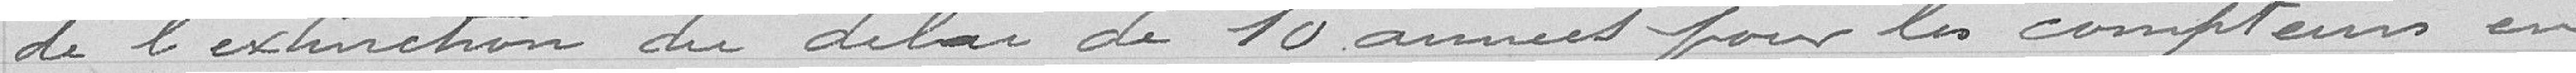
de l'extinction du délai de 10 années pour les compteurs en